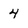
Character: 4